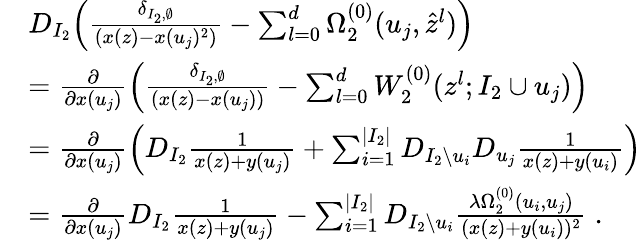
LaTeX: \begin{array}{rl}&{D_{I_{2}}\Big(\frac{\delta_{I_{2},\emptyset}}{(x(z)-x(u_{j})^{2})}-\sum_{l=0}^{d}\Omega_{2}^{(0)}(u_{j},\hat{z}^{l})\Big)}\\ &{=\frac{\partial}{\partial x(u_{j})}\Big(\frac{\delta_{I_{2},\emptyset}}{(x(z)-x(u_{j}))}-\sum_{l=0}^{d}W_{2}^{(0)}(z^{l};I_{2}\cup u_{j})\Big)}\\ &{=\frac{\partial}{\partial x(u_{j})}\Big(D_{I_{2}}\frac{1}{x(z)+y(u_{j})}+\sum_{i=1}^{|I_{2}|}D_{I_{2}\setminus u_{i}}D_{u_{j}}\frac{1}{x(z)+y(u_{i})}\Big)}\\ &{=\frac{\partial}{\partial x(u_{j})}D_{I_{2}}\frac{1}{x(z)+y(u_{j})}-\sum_{i=1}^{|I_{2}|}D_{I_{2}\setminus u_{i}}\frac{\lambda\Omega_{2}^{(0)}(u_{i},u_{j})}{(x(z)+y(u_{i}))^{2}}\; .}\end{array}